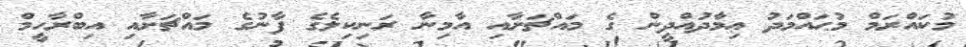
މުކައްރަމް މުޙައްމަދު ޢިމާދުއްދީން ގެ މައްޗަށާއި އާމިނާ ރަނިކިލެގެ ފާނުގެ މައްޗަށާއި އިބްރާހީމް